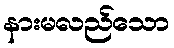
နားမလည်သော